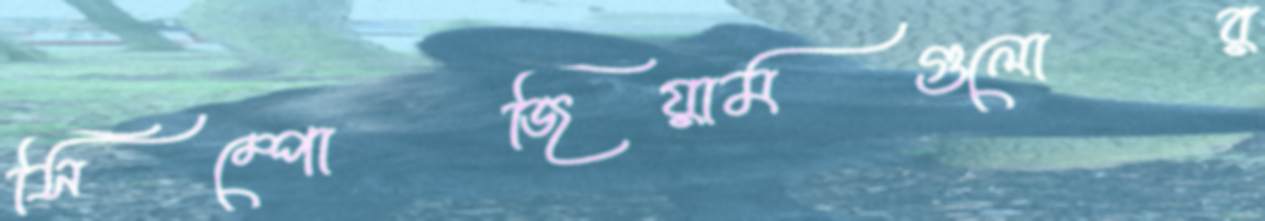
সিম্পোজিয়ামগুলোর